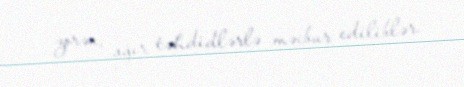
zorən, ağır təhdidlərlə məcbur ediliblər.